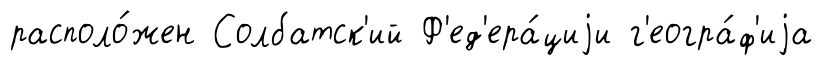
располо́жен Солбатск'ий Ф'ед'ера́циjи г'еогра́ф'иjа